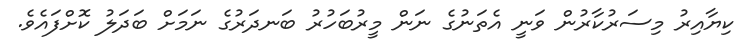
ކިޔާއިރު މިސަރުކާރުން ވަނީ އެތަނުގެ ނަން މީރުބަހުރު ބަނދަރުގެ ނަމަށް ބަދަލު ކޮށްފައެވެ.